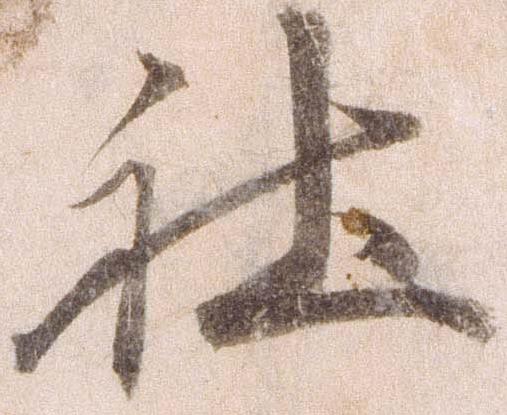
社